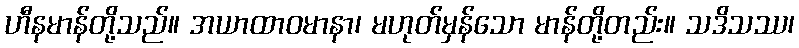
ဟီနမာန်တို့သည်။ အယာထာဝမာနာ၊ မဟုတ်မှန်သော မာန်တို့တည်း။ သဒိသဿ၊